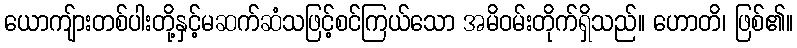
ယောကျ်ားတစ်ပါးတို့နှင့်မဆက်ဆံသဖြင့်စင်ကြယ်သော အမိဝမ်းတိုက်ရှိသည်။ ဟောတိ၊ ဖြစ်၏။